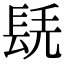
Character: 𨱷